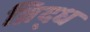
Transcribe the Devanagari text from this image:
व्रिद्ध